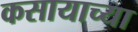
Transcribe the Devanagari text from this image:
कसायाच्या